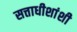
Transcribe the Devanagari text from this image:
सत्ताधीशांशी